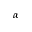
\alpha